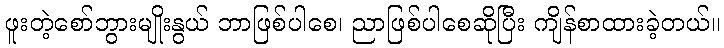
ဖူးတဲ့စော်ဘွားမျိုးနွယ် ဘာဖြစ်ပါစေ၊ ညာဖြစ်ပါစေဆိုပြီး ကျိန်စာထားခဲ့တယ်။